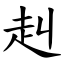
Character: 赳